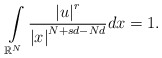
\begin{align*}\int\limits_{\mathbb{R}^{N}}\frac{\left\vert u\right\vert ^{r}}{\left\vert x\right\vert ^{N+sd-Nd}}dx=1.\end{align*}